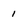
Character: 1